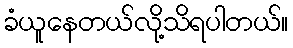
ခံယူနေတယ်လို့သိရပါတယ်။